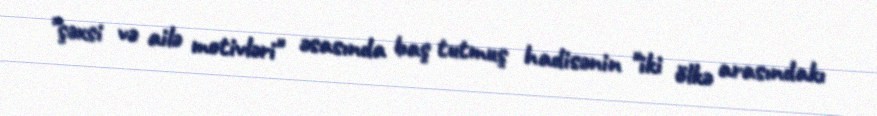
"şəxsi və ailə motivləri" əsasında baş tutmuş hadisənin "iki ölkə arasındakı